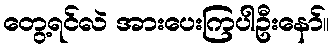
တွေ့ရင်လဲ အားပေးကြပါဦးနော်။